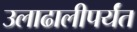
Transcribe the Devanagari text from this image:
उलाढालीपर्यंत